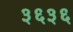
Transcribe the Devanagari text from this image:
३६३६